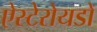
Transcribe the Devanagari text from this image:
ऐस्टेरोयडों